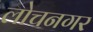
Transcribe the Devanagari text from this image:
लोचनगर